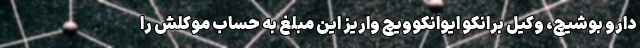
دارو بوشیچ، وکیل برانکو ایوانکوویچ واریز این مبلغ به حساب موکلش را